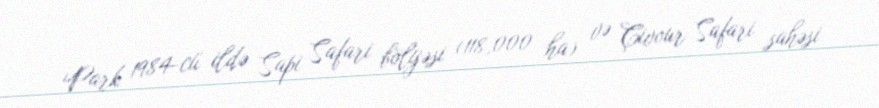
Park 1984-cü ildə Sapi Safari bölgəsi (118,000 ha) və Çivour Safari sahəsi